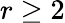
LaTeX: r\ge 2